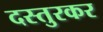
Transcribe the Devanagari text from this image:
दस्तुरकर